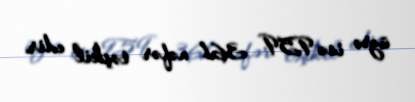
üzrə isə 959 361 nəfər təşkil edir.